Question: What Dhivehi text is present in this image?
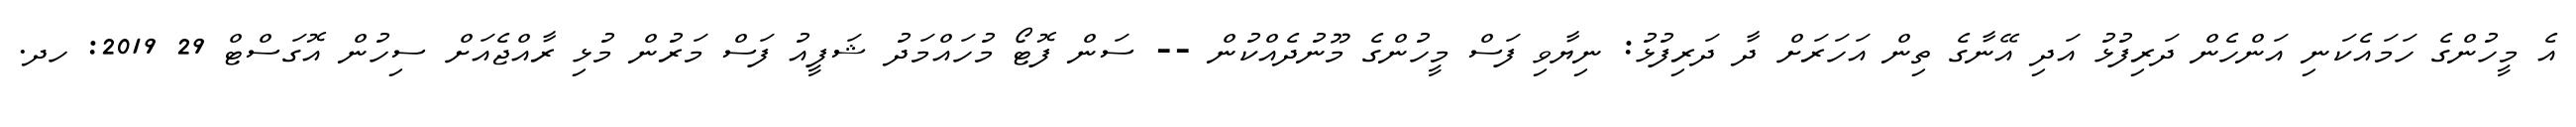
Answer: އެ މީހުންގެ ހަމައެކަނި އަންހެން ދަރިފުޅު އަދި އޭނާގެ ތިން އަހަރަށް ދާ ދަރިފުޅު: ނިޔާވި ފަސް މީހުންގެ މޫނުދެއްކުން -- ސަން ފޮޓޯ މުހައްމަދު ޝަފީއު ފަސް މަރުން މުޅި ރާއްޖެއަށް ސިހުން އޮގަސްޓް 29 2019: ހދ.